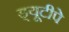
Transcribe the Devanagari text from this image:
ड्यूटीपे